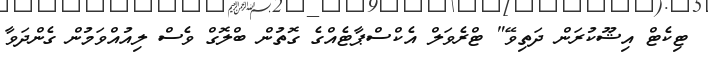
ޓިކެޓް އިޝޫކުރަން ދަތިވޭ" ޓްރެވަލް އެކްސްޕާޓެއްގެ ގޮތުން ބްލޮގް ވެސް ލިއުއްވަމުން ގެންދަވާ